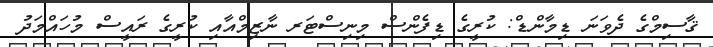
ޤާސިމްގެ ދެވަނަ ޑިމާންޑް: ކުރީގެ ޑިފެންސް މިނިސްޓަރ ނާޒިމްއާއި ކުރީގެ ރައީސް މުހައްމަދު